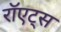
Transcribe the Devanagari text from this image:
रॉएट्स